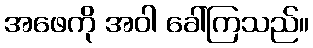
အဖေကို အဝါ ခေါ်ကြသည်။